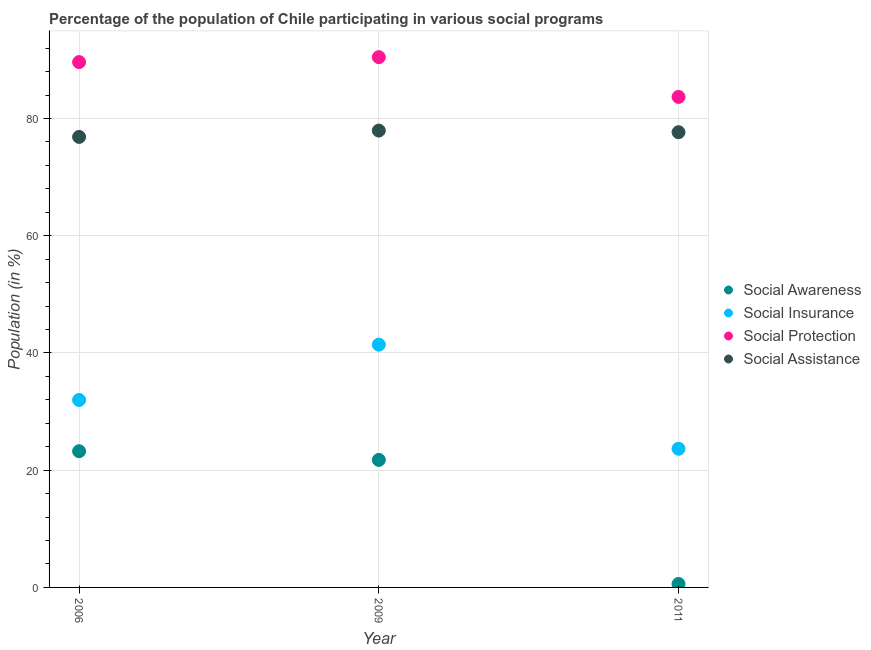
| Year | Social Awareness | Social Insurance | Social Protection | Social Assistance |
 | --- | --- | --- | --- | --- |
 | 2006 | 23.2 | 32 | 89.6 | 76.9 |
 | 2009 | 21.8 | 41.4 | 90.5 | 77.9 |
 | 2011 | 0.59 | 23.7 | 83.7 | 77.7 |